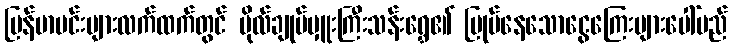
မြန်မာမင်းများလက်ထက်တွင် ဗိုလ်ချုပ်မှူးကြီးသန်းရွှေ၏ မြုပ်နေသောငွေကြေးများပေါ်မည်